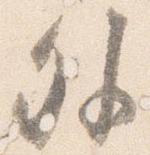
外